Vital statistics of India. Vol. VI, European troops 1870-79
Year: 1870
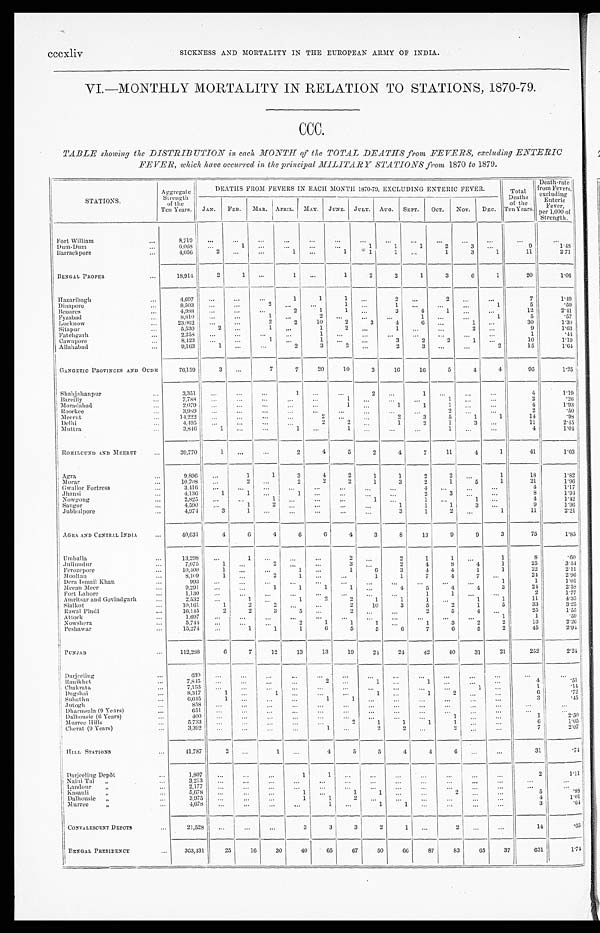
SICKNESS AND MORTALITY IN THE EUROPEAN ARMY OF INDIA.
VI.—MONTHLY MORTALITY IN RELATION TO STATIONS, 1870-79.
CCC.
TABLE showing the DISTRIBUTION in each MONTH of the TOTAL DEATHS from FEVERS, excluding ENTERIC
FEVER, which have occurred in the principal MILITARY STATIONS from 1870 to 1879.
STATIONS.
Aggregate
Strength
of the
Ten Years.
DEATHS FROM FEVERS IN EACH MONTH 1870-79, EXCLUDING ENTERIC FEVER.
Total
Deaths
of t he T e n Y e a r s .
Death-rate f r o m F e v e r s ,
excl udi ng
Enteric
Fever , pe r 1, 000 of S t r e n g t h .
J A N .
F E B .
MAR. APRIL. MAY. JUNE. JULY. AUG. SEPT.
OCT. NOV. DEC.
Fort William
...
8, 719
...
. . .
. . . ...
...
...
...
...
. . .
. . .
. . .
. . .
. . .
. . .
Dum-Dum
. . .
6, 068
...
1 . . .
...
...
...
1
1
1
2
3
. . .
9
1.48
Barrackpore
. . .
4,056
2
. . .
. . .
1 ...
1
1
1
. . .
1
3
1
11
2.71
BENGAL PROPER
...
18,914
2
1 ...
1 ...
1
2
2
1
3
6
1
20
1.06
Hazari bagh
. . .
4,697 ...
...
. . .
1
1
1 ...
2
. . .
2
. . . . . .
7
1.49
Dinapore
. . .
8,503
. . .
. . .
2
...
...
1 ...
1 ...
...
. . .
1
5
. 5 9
Benares
...
4, 988
. . . ...
...
2
1
1
. . .
3
4
1 ...
...
1 2
2.41
Fyzabad
. . .
8,810 ...
. . .
1
. . .
2
. . . ...
...
1
. . .
. . .
1
5
. 5 7
Lucknow
...
23, 062
...
...
2
2
10
2
3
4
6
. . .
1 ...
30
1.30
Sitapur
. . .
5,530
2 . . .
1
. . .
1
2 ...
1 ...
...
2
. . .
9
1.63
Fatehgarh
...
2,258
. . .
...
. . . ...
1
. . . ...
...
. . .
. . .
. . . ...
1
. 4 4
Cawnpore
. . .
8,423 ...
...
1 ...
1
. . . ...
3
2
2
1 ...
10
1.19
Allahabad
...
9,163
1 ...
...
2
3
2 ...
2
3
. . .
. . .
2
15
1.64
GANGETIC PROVINCES AND OUDH
76,159
3 ...
7
7
20
10
3
16
16
5
4
4
95
1.25
Shahjahanpur
...
3,351 ...
...
...
1
. . . ...
2
. . . 1 ...
...
...
4
1.19
B a r e i l l y
. . .
7,788
. . .
. . .
. . . ...
. . .
1 ...
...
. . .
1
. . .
. . .
2
. 2 6
Moradabad
. . .
2,079 ...
. . .
. . .
. . . . . .
1 ...
1
1
1
. . .
. . .
4
1.93
Ro o r k e e
...
3,989 ...
...
. . . ...
...
... ...
...
...
2 ...
...
2
. 5 0
Meerut
...
14,222 ...
...
. . .
. . . 2
. . .
...
2
3
5
1
1
14
. 9 8
Delhi
...
4,495
. . . ...
. . . ...
2
2 ...
1
2
1
3
. . .
11
2.45
Muttra
...
3,846
1 ...
. . .
1
. . .
1 ...
...
...
1
. . .
. . .
4
1.04
ROHILCUND AND MEERUT
. . .
39,770
1 ...
. . .
2
4
5
2
4
7
11
4
1
41
1.03
Agra
...
9,896 ...
1
1
3
4
2
1
1
2
2
. . .
1
18
1.82
M o r a r
...
10,708 ...
2
. . .
2
2
2
1
3
2
1
5
1
21
1.96
Gwalior Fortress
...
3,416 ...
. . .
. . . ...
...
. . .
. . .
. . .
4
. . .
. . . ...
4
1.17
J h a n s i
...
4,136
1
1 ...
1 ...
...
. . .
...
2
3
. . . . . .
8
1.94
Nowgong
...
2,825 ...
. . .
1
. . . ...
. . .
1 ...
1
. . .
1
. . .
4
1.42
Saugor
...
4,590
. . .
1
2
. . . ...
...
. . .
1
1
1
3
. . .
9
1.96
Jubbulpore
...
4,974
3
1 ...
. . .
. . .
. . . ...
3
1
2
. . .
1
11
2.21
AGRA AND CENTRAL INDIA
...
40,631
4
6
4
6
6
4
3
8
13
9
9
3
75
l.85
Umballa
...
13,298 ...
1
. . . ...
...
2 ...
2
1
1
. . .
1
8
.60
J u l l u n d u r
...
7,075
1
. . .
2 . . .
...
3 ...
2
4
8
4
1
25
3.54
Ferozepore
...
10,400
1
. . . ...
1
. . .
1
6
3
4
4
1
1
22
2.11
M o o l t a n
. . .
8,109
1
. . .
2
1 ...
...
1
1
7
4
7
. . .
24
2.96
Dera Ismail Khan
...
993 ...
...
...
...
...
...
...
...
. . . ...
. . .
1
1
1.01
Me e a n Me e r
...
9,291
...
...
1
1
1
1
. . .
4
5
4
4
3
24
2.58
Fort Lahore
...
1,130 ...
...
...
...
. . . ... ...
. . .
1
1
. . .
. . .
2
1.77
Amritsar and Govindgarh
...
2.532 ...
1 . . .
1
2
2
1
1
1 ...
1
1
11
4.35
Sialkot
...
10,161
1
2
2
. . . ...
2
10
3
5
2
1
5
33
3.25
Rawal Pindi
...
16,145
2
2
3
5
. . .
2
... . . .
2
5
4
. . .
25
1.55
Attock
. . .
1,697 ...
...
...
...
. . .
. . .
...
...
...
...
...
1
1
.59
Nowshera
...
5,744 ...
...
...
2
1
1
1
. . .
1
3
2
2
13
2.26
Peshawar
...
15,274 ...
1
1
1
6
5
5
6
7
6
5
2
45
2.94
PUNJAB
. . .
112,288
6
7
12
13
13
19
24
24
42
40
31
21
252
2 . 2 4
Darjeeling
. . .
630
. . . ...
. . .
. . .
...
. . .
...
...
. . .
...
. . . ...
...
...
Ranikhet
. . .
7,845
. . . ...
...
. . .
2
. . .
1 ...
1 ...
...
...
4
.51
C h a k r a t a
. . .
7,153
. . . ...
. . .
...
. . .
. . .
...
...
...
. . .
1
. . .
1
.14
Dagshai
. . .
8,317
1
. . .
1
...
...
...
1 ...
1
2
...
. . .
6
.72
Subathu
. . .
6,645
1
. . .
. . .
. . .
1
1
. . . ...
. . .
. . .
. . .
...
3
.45
Jutogh
. . .
858
. . . ...
...
...
. . .
. . .
...
...
. . .
. . .
. . .
. . .
. . .
. . .
Dharmsala (9 Years)
. . .
651
. . . ...
. . .
. . .
. . .
. . .
...
...
...
. . .
...
. . .
...
...
Dalhousie (6 Years)
. . .
400 ...
...
...
. . .
. . .
...
...
. . .
. . .
1
. . .
. . .
1
2.50
Murree Hills
. . .
5,733 ...
. . . ...
...
...
2
1
1
1
1
. . .
...
6
1.05
Cher at ( 9 Year s)
. . .
3,392 ...
...
. . .
...
1 ...
2
2
. . .
2 ...
. . .
7
2.07
HILL STATIONS
. . .
41,787
2
. . .
1 ...
4
5
5
4
4
6 ...
. . .
31
.74
Darjeeling Depôt
. . .
1,807 ...
...
...
1
1
. . .
...
. . . ...
. . .
...
...
2
1.11
Naini Tal „
. . .
3,213
. . .
...
...
...
. . .
...
... . . .
. . .
. . .
. . .
. . .
. . .
. . .
Landour „
. . .
2,177 ...
. . .
. . . ...
. . .
. . .
... ...
. . .
. . .
. . . ...
...
. . .
K a s a u l i „
. . .
5,678
. . . ...
...
1
. . .
1
1 ...
...
2
. . . ...
5
. 8 8
Dalhousie „
. . .
3,975
. . . ...
...
1
1
2
... ...
...
. . . ...
...
4
1.01
Murree „
. . .
4,678
. . . ...
...
...
1
. . .
1
1 ...
...
...
...
3
. 6 4
CONVALESCENT DEPOTS
. . .
21,528
. . . ...
...
3
3
3
2
1
. . .
2 ...
...
14
. 6 5
BENGAL PRESI DENCY
. . .
363,431
25
16
30
40
65
67
50
66
87
83
65
37
631
1. 74